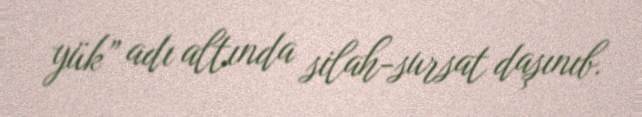
yük” adı altında silah-sursat daşınıb.